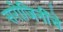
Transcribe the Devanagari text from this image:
सरोजिनींचे